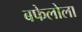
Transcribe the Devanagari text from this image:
बफेलोला